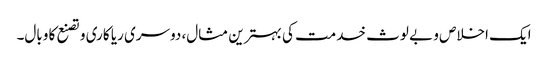
ایک اخلاص و بے لوث خدمت کی بہترین مثال، دوسری ریا کاری و تصنع کا وبال۔